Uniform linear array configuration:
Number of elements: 4
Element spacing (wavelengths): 1
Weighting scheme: hann
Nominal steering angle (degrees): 0
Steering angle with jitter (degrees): -1.836
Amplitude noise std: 0.05
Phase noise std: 0.05

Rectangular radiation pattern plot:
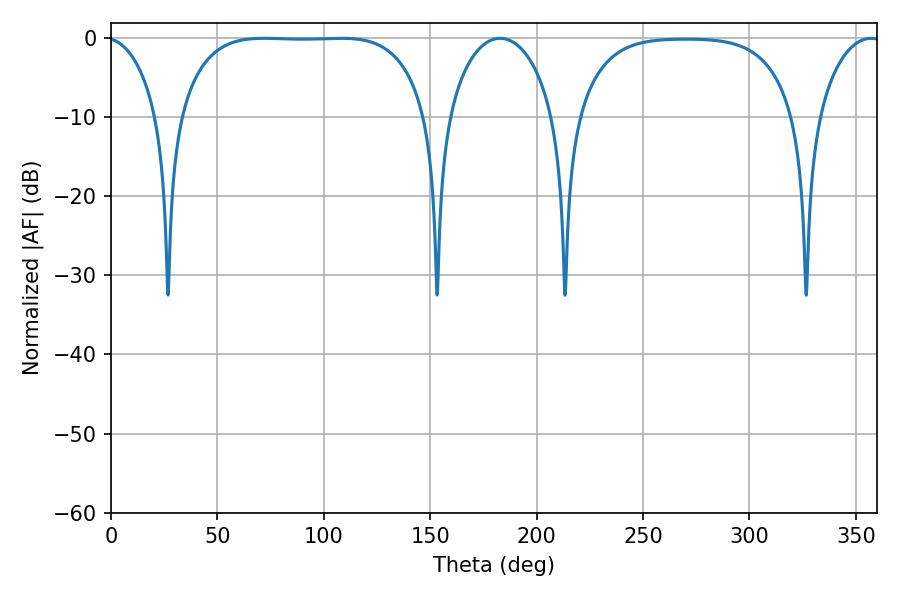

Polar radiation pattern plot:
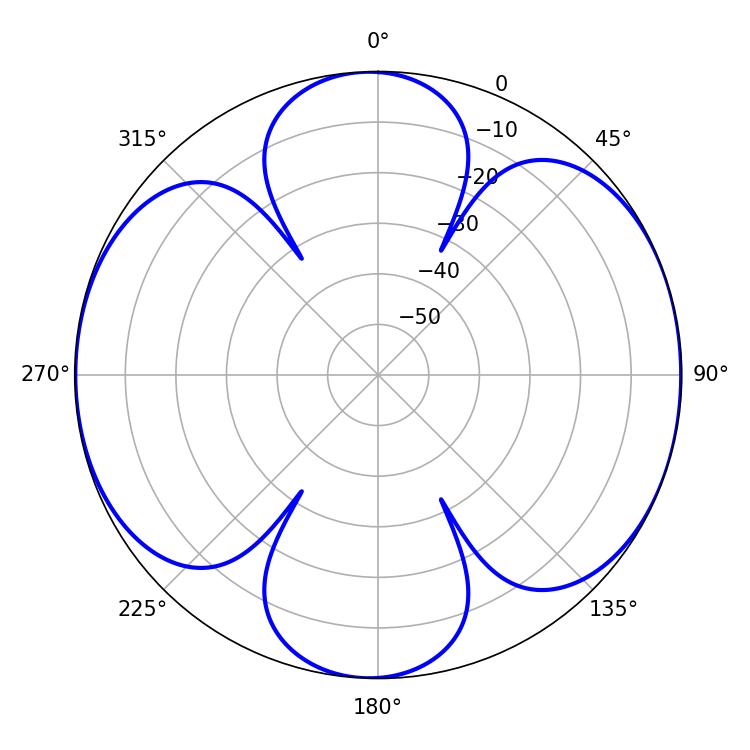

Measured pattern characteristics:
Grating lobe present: TRUE
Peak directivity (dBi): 9.894
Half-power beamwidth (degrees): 91.08
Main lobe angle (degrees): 71.82